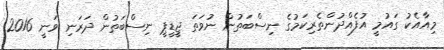
މިއާއެކު ގައުމީ އުފެއްދުންތެރިކަމުގެ ނިސްބަތުން ނުވަތަ ޖީޑީޕީ ނިސްބަތުން ދަރަނި ވަނީ 2016